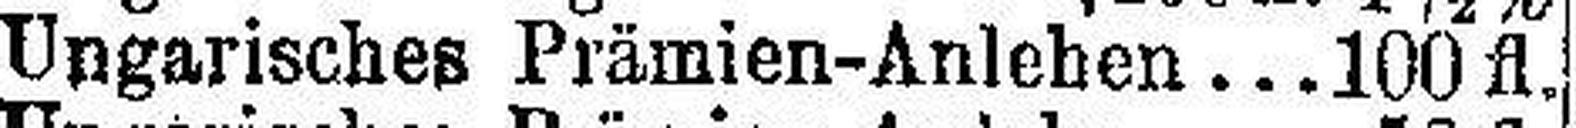
Ungarisches Prämien-Anlehen...100fl.